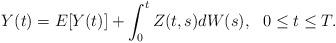
LaTeX: \begin{align*} Y(t) =E[Y(t)] + \int_0^t Z(t,s)dW(s), \ \ 0\leq t\leq T.\end{align*}